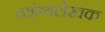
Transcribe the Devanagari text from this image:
व्यंग्यलेखक